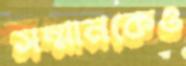
সম্মানকেও